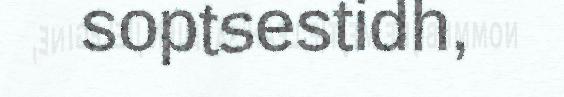
soptsestidh,